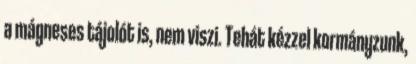
a mágneses tájolót is, nem viszi. Tehát kézzel kormányzunk,